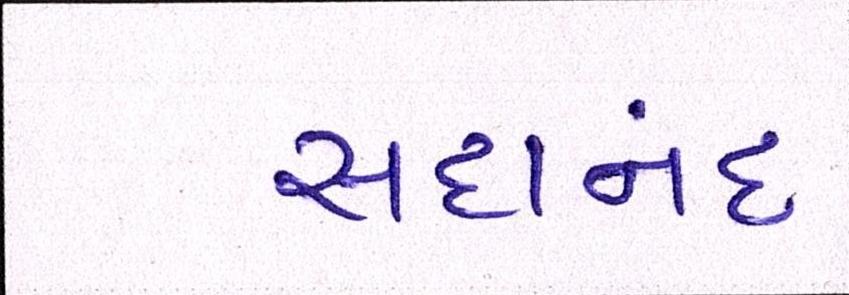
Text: સદાનંદ